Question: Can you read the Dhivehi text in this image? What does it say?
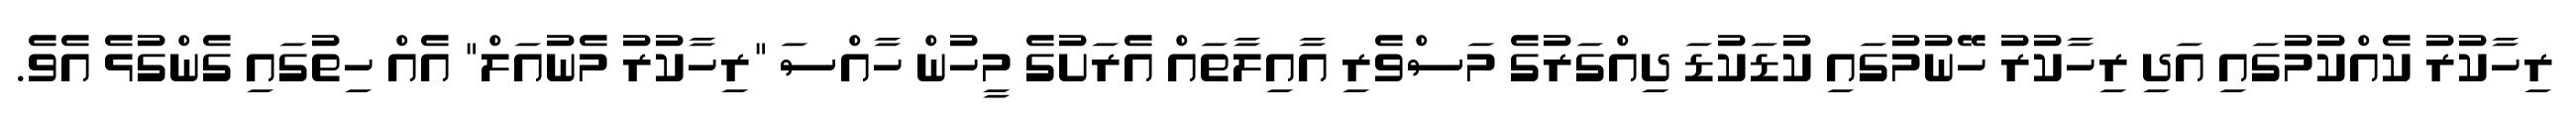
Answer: ރިހާކުރު ކެއްކުމުގައި އަދި ރިހާކުރު ހޭނުމުގައި ކުޑަކުޑަ ދިއްގަރުގެ މަސްވެރި އާއިލާތައް އެރަށުގެ މީހުން ހާއްސަ "ރިހާކުރު މެނުއަލް" އެއް ހިތުގައި ގެންގުޅެ އެވެ.